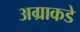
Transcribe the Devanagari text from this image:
अग्राकडे